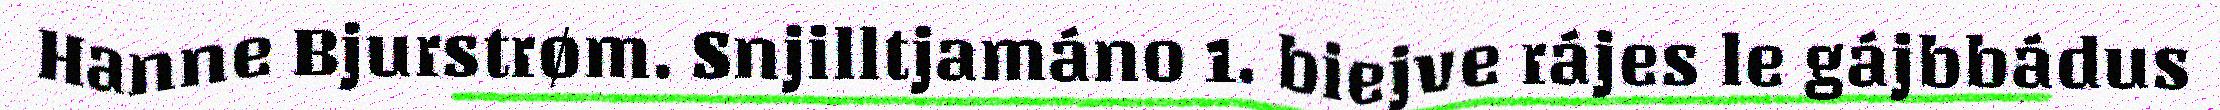
Hanne Bjurstrøm. Snjilltjamáno 1. biejve rájes le gájbbádus